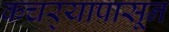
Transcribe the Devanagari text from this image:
कचर्‍यापासून